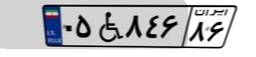
۳۵W۰۶۱۲۴